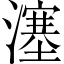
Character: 𤀕